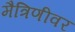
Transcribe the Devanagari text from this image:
मैत्रिणीवर